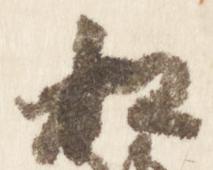
松